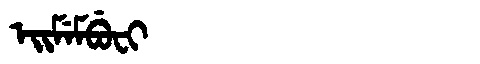
Manchu: ᡝᡳᠮᡝᠮᠪᡠᠸᡳ
Romanization: EIMEMBUFI